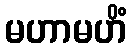
မဟာမဟိံ